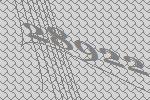
28922